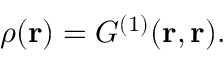
\rho ( \mathbf { r } ) = G ^ { ( 1 ) } ( \mathbf { r , r } ) .